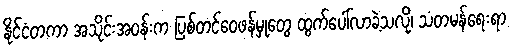
နိုင်ငံတကာ အသိုင်းအဝန်းက ပြစ်တင်ဝေဖန်မှုတွေ ထွက်ပေါ်လာခဲ့သလို၊ သံတမန်ရေးရာ